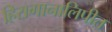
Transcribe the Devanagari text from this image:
हिरागानालिपीत